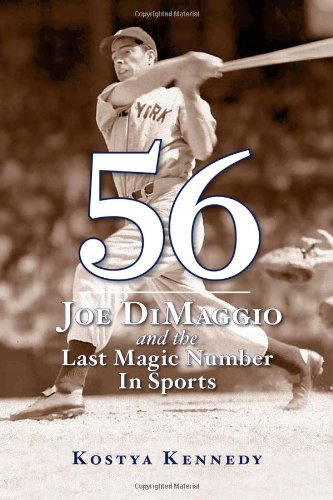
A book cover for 56: Joe DiMaggio and the Last Magic Number in Sports; Kostya Kennedy; Biographies & Memoirs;